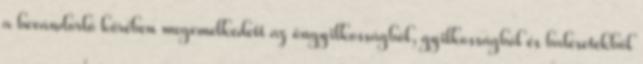
a bevándorló körében megemelkedett az öngyilkosságból, gyilkosságból és balesetekből